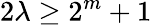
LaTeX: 2\lambda\geq 2^{m}+1